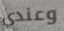
وعندي